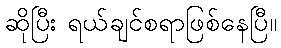
ဆိုပြီး ရယ်ချင်စရာဖြစ်နေပြီ။